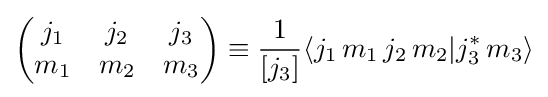
{\begin{pmatrix}j_{1}&j_{2}&j_{3}\\m_{1}&m_{2}&m_{3}\end{pmatrix}}\equiv {\frac {1}{[j_{3}]}}\langle j_{1}\,m_{1}\,j_{2}\,m_{2}|j_{3}^{*}\,m_{3}\rangle